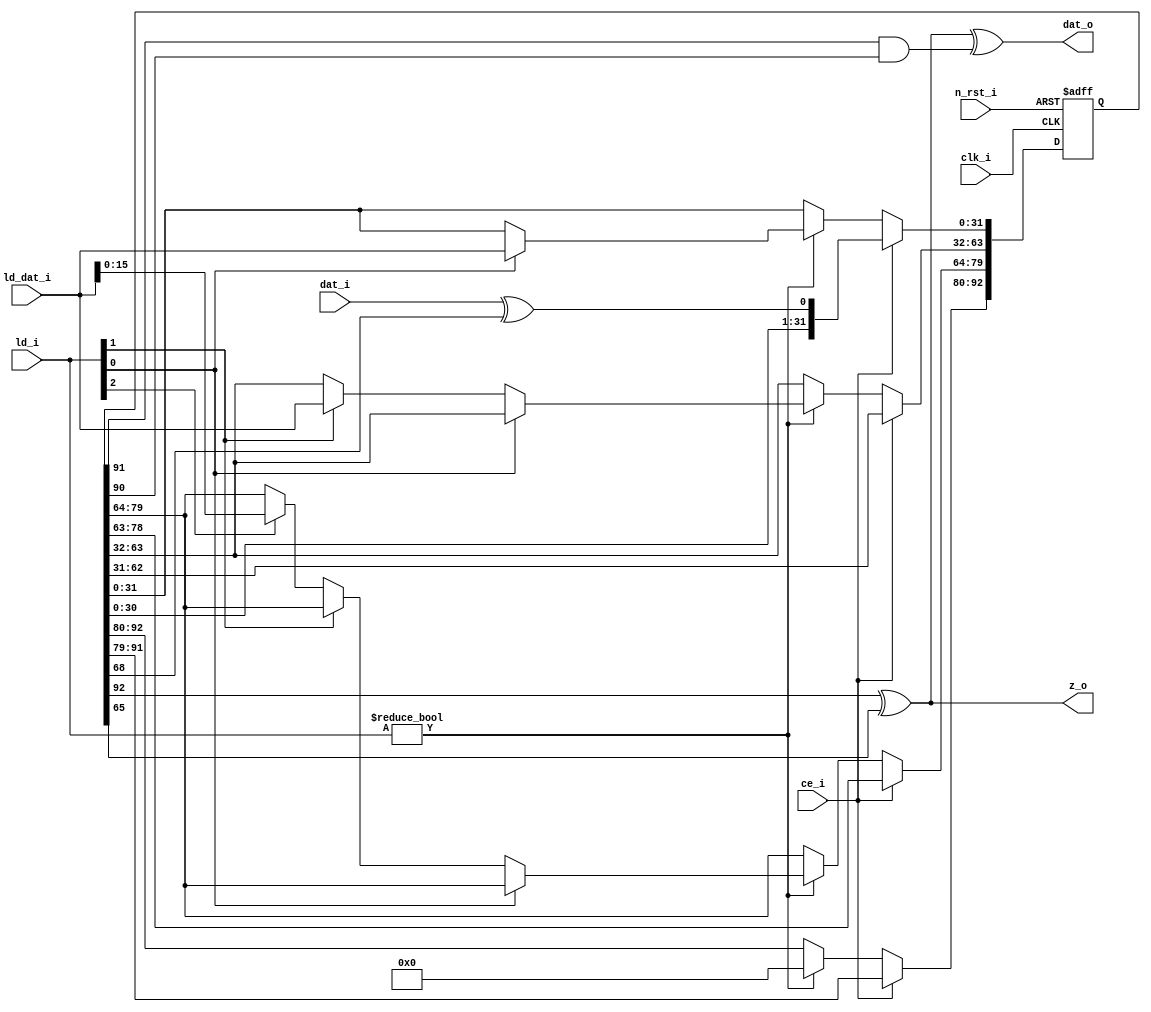
module shift_reg #(
    parameter REG_SZ = 93,
    parameter FEED_FWD_IDX = 65,
    parameter FEED_BKWD_IDX = 68
) 
(
    /* Standard control signals */
    input   wire            clk_i,      /* System clock */
    input   wire            n_rst_i,    /* Asynchronous active low reset */
    input   wire            ce_i,       /* Chip enable */
      
   /* Input and output data related signals */
    input   wire    [2:0]   ld_i,       /* Load external value */
    input   wire    [31:0]  ld_dat_i,   /* External input data */
    input   wire            dat_i,      /* Input bit from other register */
    output  wire            dat_o,      /* Output bit  to other register */
    output  wire            z_o         /* Output for the key stream */
);

//////////////////////////////////////////////////////////////////////////////////
// Signal definitions
//////////////////////////////////////////////////////////////////////////////////
reg     [(REG_SZ - 1):0]    dat_r;      /* Shift register contents */
wire                        reg_in_s;   /* Shift register input (feedback value) */

//////////////////////////////////////////////////////////////////////////////////
// Feedback calculation
//////////////////////////////////////////////////////////////////////////////////
assign reg_in_s = dat_i ^ dat_r[FEED_BKWD_IDX];

//////////////////////////////////////////////////////////////////////////////////
// Shift register process
//////////////////////////////////////////////////////////////////////////////////
always @(posedge clk_i or negedge n_rst_i) begin
    if (!n_rst_i)
        dat_r <= 0;
    else begin
        if (ce_i) begin
            /* Shift contents of register */
            dat_r <= {dat_r[(REG_SZ - 2):0], reg_in_s};
        end
        else if (ld_i != 3'b000) begin /* Load external values into register */
            if (ld_i[0])
                dat_r[31:0] <= ld_dat_i;
            else if (ld_i[1])
                dat_r[63:32] <= ld_dat_i;
            else if (ld_i[2])
                dat_r[79:64] <= ld_dat_i[15:0];
         
            /* Set all top bits to zero, except in case of register C */   
            dat_r[(REG_SZ - 1):80] <= 0;
            if (REG_SZ == 111)
                dat_r[(REG_SZ - 1)-:3] <= 3'b111;
        end
    end
end

//////////////////////////////////////////////////////////////////////////////////
// Output calculations
//////////////////////////////////////////////////////////////////////////////////
assign z_o = (dat_r[REG_SZ - 1] ^ dat_r[FEED_FWD_IDX]);
assign dat_o = z_o ^ (dat_r[REG_SZ - 2] & dat_r[REG_SZ - 3]); 

endmodule